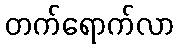
တက်ရောက်လာ